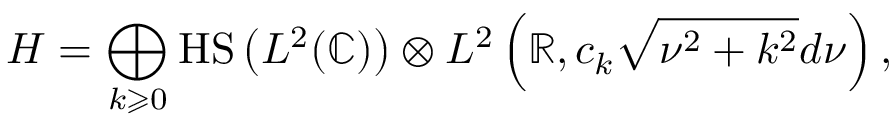
H = \bigoplus _ { k \geqslant 0 } { \mathrm { H S } } \left( L ^ { 2 } ( \mathbb { C } ) \right) \otimes L ^ { 2 } \left( \mathbb { R } , c _ { k } { \sqrt { \nu ^ { 2 } + k ^ { 2 } } } d \nu \right) ,